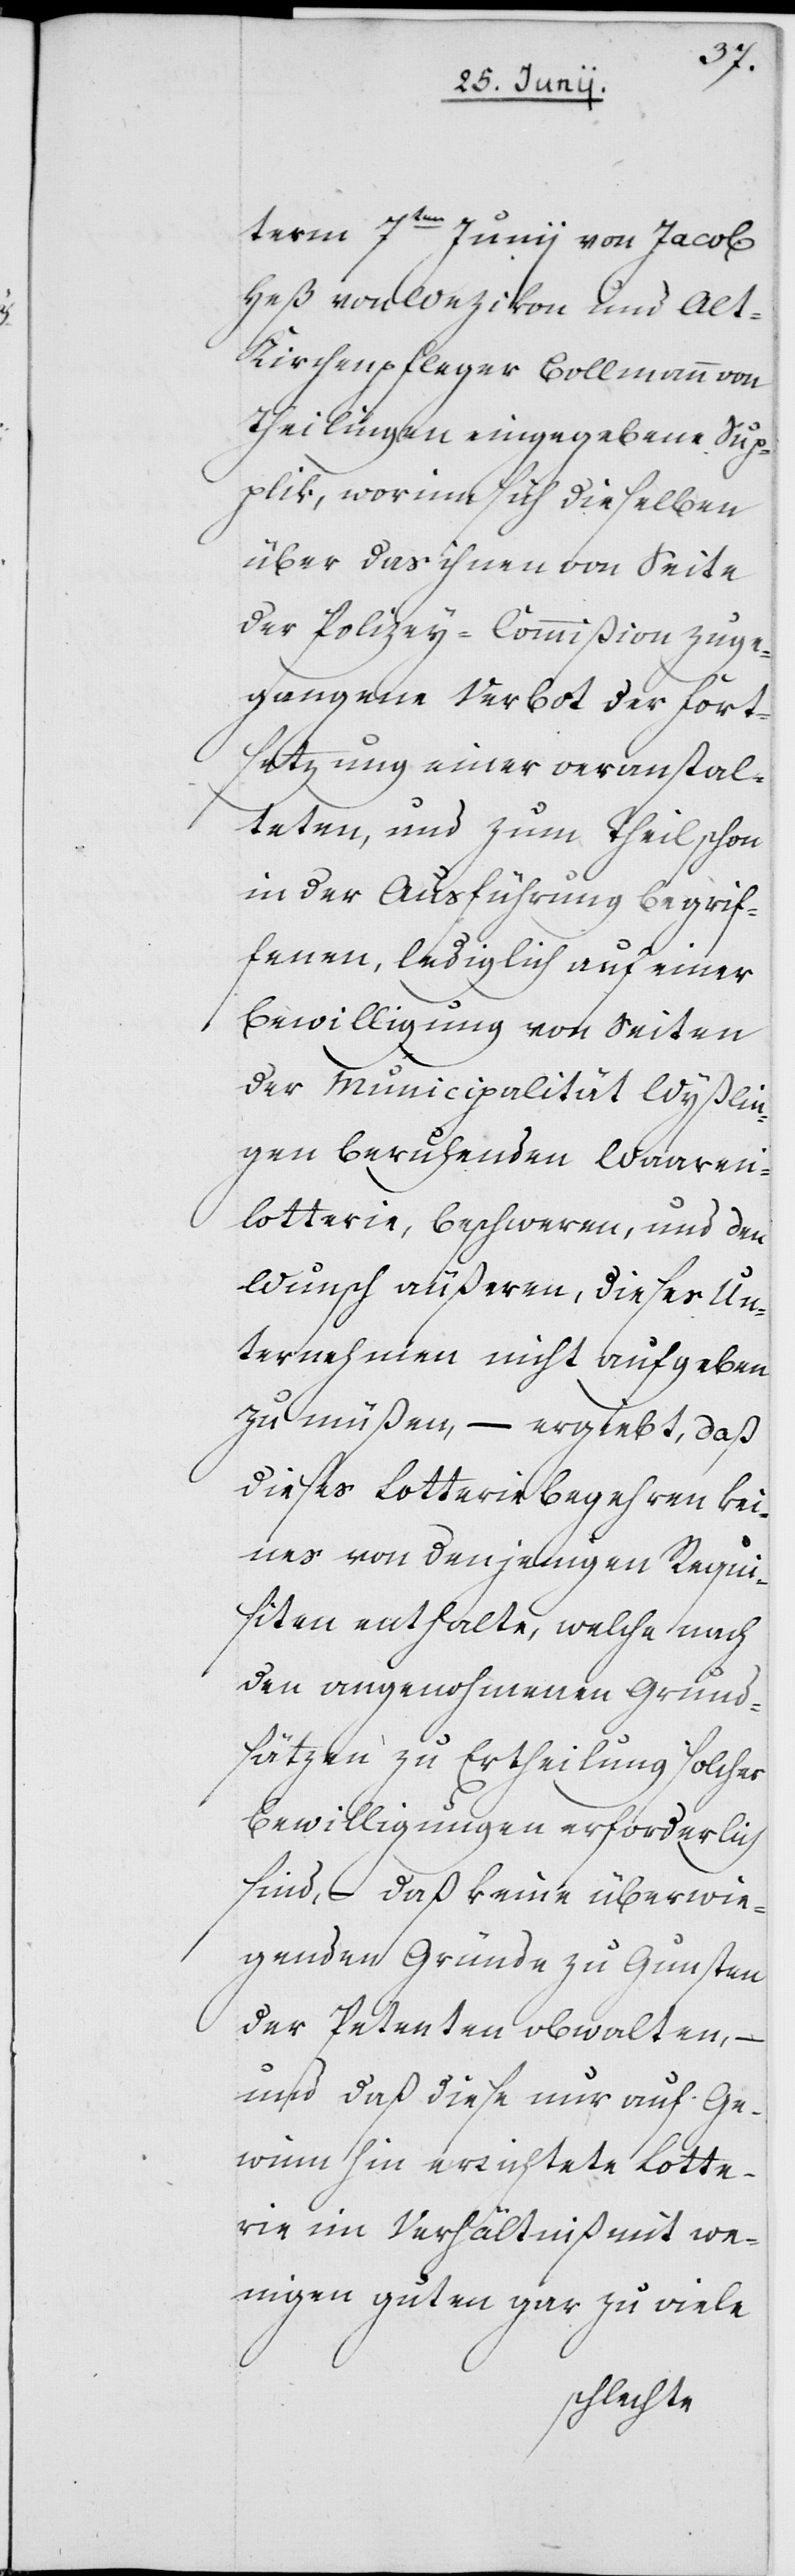
term 7ten Junii von Jacob
Heß von Wezikon und Alt-K¬
irchenpfleger Bollmann von
Theilingen eingegebene Sup¬
plik, worinn sich dieselben
über das ihnen von Seite
der Polizey-Commißion zuge¬
gangene Verbot der Fort¬
setzung einer veranstal¬
teten, und zum Theil schon
in der Ausführung begrif¬
fenen, lediglich auf einer
Bewilligung von Seiten
der Municipalität Wyßlin¬
gen beruhenden Waaren¬
lotterie, beschweren, und den
Wunsch äußeren, dieses Un¬
ternehmen nicht aufgeben
zu müßen, – ergiebt, daß
dieses Lotteriebegehren kei¬
nes von denjenigen Requi¬
siten enthalte, welche nach
den angenohmenen Grund¬
sätzen zu Ertheilung solcher
Bewilligungen erforderlich
sind, – daß keine überwie¬
genden Gründe zu Gunsten
der Petenten obwalten, –
und daß diese nur auf Ge¬
winn hin errichtete Lotte¬
rie im Verhältniß mit we¬
nigen guten gar zu viele